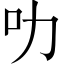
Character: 叻